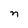
Character: n